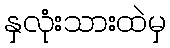
နှလုံးသားထဲမှ